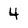
Character: 4